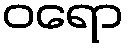
ဝရော